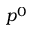
p ^ { 0 }